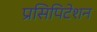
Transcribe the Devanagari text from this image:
प्रसिपिटेशन